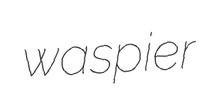
waspier